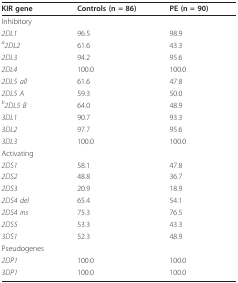
| KIR gene | Controls (n = 86) | PE (n = 90) |
 | --- | --- | --- |
 | Inhibitory |  |  |
 | 2DL1 | 96.5 | 98.9 |
 | a2DL2 | 61.6 | 43.3 |
 | 2DL3 | 94.2 | 95.6 |
 | 2DL4 | 100.0 | 100.0 |
 | 2DL5 all | 61.6 | 47.8 |
 | 2DL5 A | 59.3 | 50.0 |
 | b2DL5 B | 64.0 | 48.9 |
 | 3DL1 | 90.7 | 93.3 |
 | 3DL2 | 97.7 | 95.6 |
 | 3DL3 | 100.0 | 100.0 |
 | Activating |  |  |
 | 2DS1 | 58.1 | 47.8 |
 | 2DS2 | 48.8 | 36.7 |
 | 2DS3 | 20.9 | 18.9 |
 | 2DS4 del | 65.4 | 54.1 |
 | 2DS4 ins | 75.3 | 76.5 |
 | 2DS5 | 53.3 | 43.3 |
 | 3DS1 | 52.3 | 48.9 |
 | Pseudogenes |  |  |
 | 2DP1 | 100.0 | 100.0 |
 | 3DP1 | 100.0 | 100.0 |